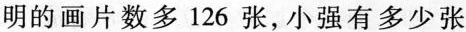
明的画片数多126张，小强有多少张